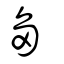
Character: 芻